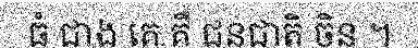
ធំ ជាង គេ គឺ ជនជាតិ ចិន ។